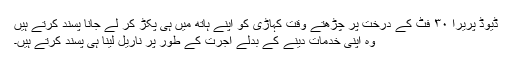
ڈیوڈ پریرا ۳۰ فٹ کے درخت پر چڑھتے وقت کہاڑی کو اپنے ہاتھ میں ہی پکڑ کر لے جانا پسند کرتے ہیں
وہ اپنی خدمات دینے کے بدلے اجرت کے طور پر ناریل لینا ہی پسند کرتے ہیں۔